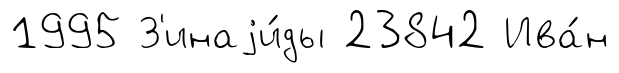
1995 З'инаjи́ды 23842 Ива́н